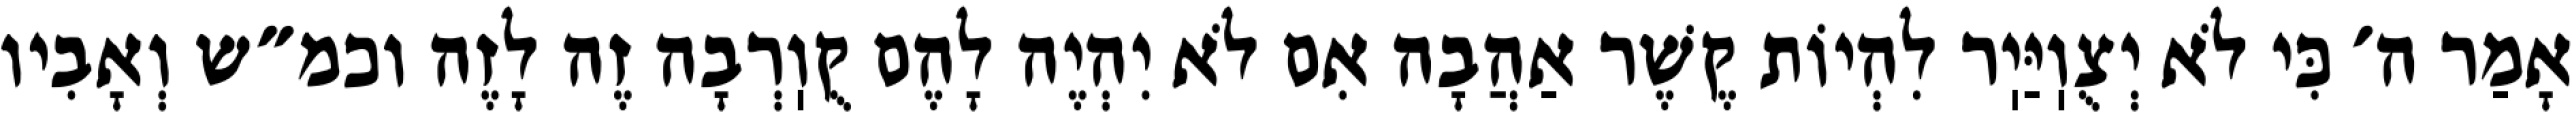
אָמַר ה׳ כִּי לֹא יְצֻוֽיַּיֽר לִהְיוֹת קֶשֶׁר אַהֲבָה אִם לֹא יִהְיֶה לָהֶם קֻוֽרְבָה זֶה לָזֶה וכמ״ש וְאָבִיו